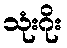
သုံးဂိုး